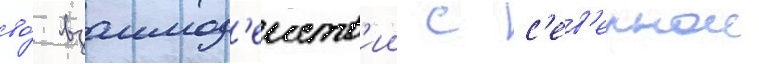
во́ взаимод'еиств'ии с с'ев'ернои